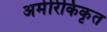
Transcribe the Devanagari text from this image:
अमेरिकिकृत